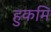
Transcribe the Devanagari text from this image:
हुकमि